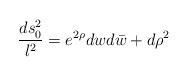
LaTeX: \begin{align*}{ds^2_0 \over l^2} = e^{2\rho} dw d\bar w + d\rho^2 \end{align*}